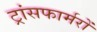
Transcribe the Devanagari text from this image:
ट्रांसफार्मरों